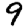
Digit: 9